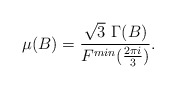
\begin{align*}\mu(B) = \frac{\sqrt{3}\,\, \Gamma(B) }{F^{min}(\frac{2 \pi i}{3})} .\end{align*}